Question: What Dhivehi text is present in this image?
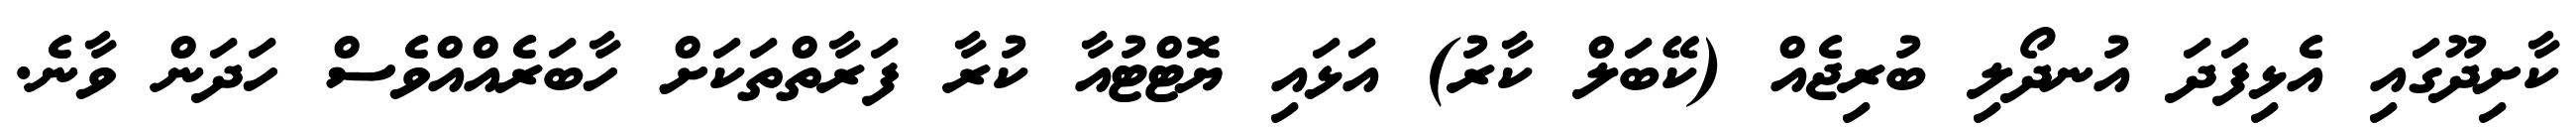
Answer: ކާށިދޫގައި އެޅިފަދަ އުނދޯލި ބުރިޖެއް (ކޭބަލް ކާރު) އަޅައި ޔޮޓްޓުއާ ކުރާ ފަރާތްތަކަށް ހާބަރެއްއްވެސް ހަދަން ވާނެ.